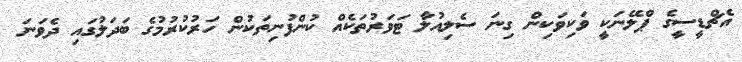
އެޗްޑީސީގެ ޕްލޭނަކީ ވަކިވަކިން ގިނަ ސެލިއުލާ ޓަވަރުތަކެއް ކުންފުނިތަކުން ހަރުކުރުމުގެ ބަދަލުގައި ދެވަނަ